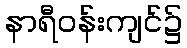
နာရီဝန်းကျင်၌